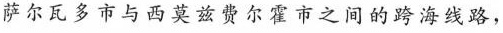
萨尔瓦多市与西莫兹费尔霍市之间的跨海线路，